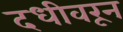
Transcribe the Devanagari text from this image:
दधीवरून